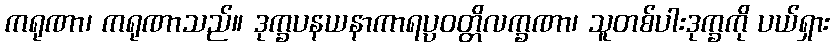
ကရုဏာ၊ ကရုဏာသည်။ ဒုက္ခပနယနာကာရပ္ပဝတ္တိလက္ခဏာ၊ သူတစ်ပါးဒုက္ခကို ပယ်ရှား